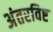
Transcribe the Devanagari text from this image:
अंतरविष्ट